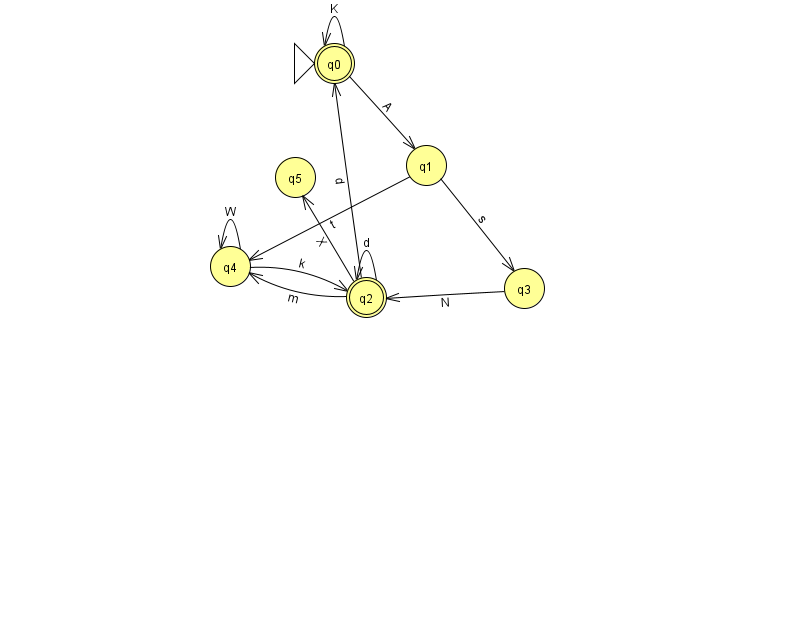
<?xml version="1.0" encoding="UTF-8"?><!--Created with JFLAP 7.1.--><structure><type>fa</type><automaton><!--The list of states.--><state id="0" name="q0"><x>334.0</x><y>50.0</y><initial/><final/></state><state id="1" name="q1"><x>426.0</x><y>152.0</y></state><state id="2" name="q2"><x>366.0</x><y>284.0</y><final/></state><state id="3" name="q3"><x>524.0</x><y>275.0</y></state><state id="4" name="q4"><x>230.0</x><y>253.0</y></state><state id="5" name="q5"><x>295.0</x><y>164.0</y></state><!--The list of transitions.--><transition><from>0</from><to>1</to><read>A</read></transition><transition><from>1</from><to>3</to><read>s</read></transition><transition><from>3</from><to>2</to><read>N</read></transition><transition><from>2</from><to>2</to><read>d</read></transition><transition><from>4</from><to>4</to><read>W</read></transition><transition><from>4</from><to>2</to><read>k</read></transition><transition><from>1</from><to>4</to><read>t</read></transition><transition><from>2</from><to>0</to><read>d</read></transition><transition><from>0</from><to>0</to><read>K</read></transition><transition><from>2</from><to>4</to><read>m</read></transition><transition><from>2</from><to>5</to><read>X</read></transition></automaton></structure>